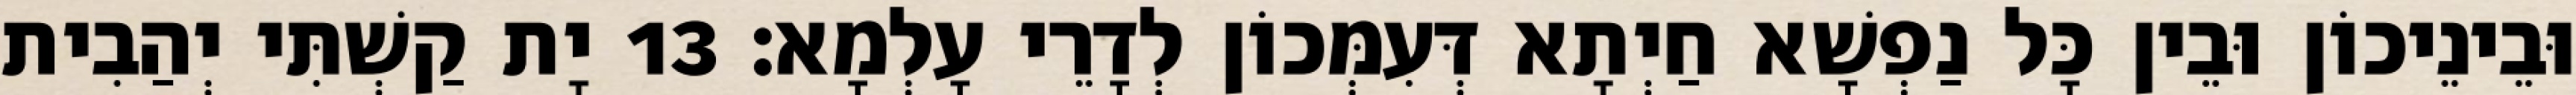
וּבֵינֵיכוֹן וּבֵין כָּל נַפְשָׁא חַיְתָא דְּעִמְּכוֹן לְדָרֵי עָלְמָא׃ 13 יָת קַשְׁתִּי יְהַבִית